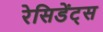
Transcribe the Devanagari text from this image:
रेसिडेंट्स